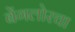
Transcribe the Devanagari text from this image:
बेंगलोरचा